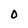
Character: O